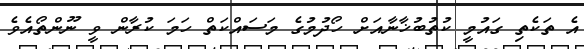
އެ ތަކެތި ގައުމީ ކުތުބުޚާނާއަށް ހޯދުމުގެ މަސައްކަތް ހަމަ ކުރާން ވީ ނޫންތޯއެވެ